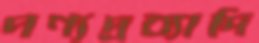
পণ্যদ্রব্যাদি